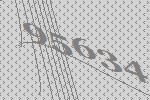
95634